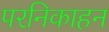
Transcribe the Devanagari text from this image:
परनिकाहन